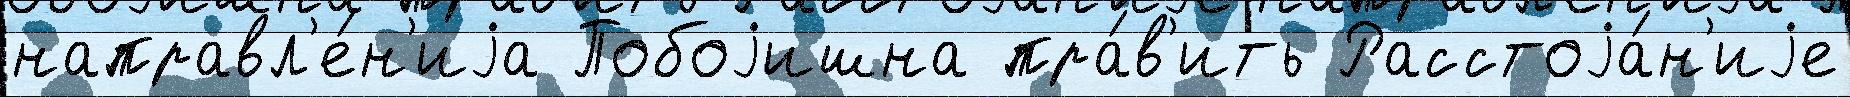
направл'е́н'иjа Побоjишна пра́в'ить Расстоjа́н'иjе